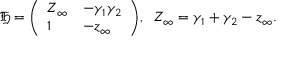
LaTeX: { \mathfrak { H } } = { \left( \begin{array} { l l } { Z _ { \infty } } & { - \gamma _ { 1 } \gamma _ { 2 } } \\ { 1 } & { - z _ { \infty } } \end{array} \right) } , \; \; Z _ { \infty } = \gamma _ { 1 } + \gamma _ { 2 } - z _ { \infty } .